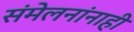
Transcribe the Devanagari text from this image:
संमेलनांनाही